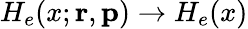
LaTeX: H_{e}(x;{\mathbf{r}},{\mathbf{p}})\to H_{e}(x)